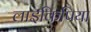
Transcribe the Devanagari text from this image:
लाइकिपिया